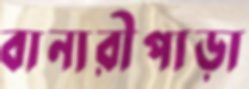
বানারীপাড়া